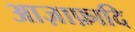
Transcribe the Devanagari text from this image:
आज़ाफ़ादि